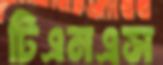
টিএনএস